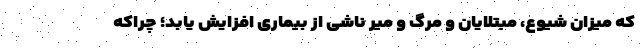
که میزان شیوع، مبتلایان و مرگ و میر ناشی از بیماری افزایش یابد؛ چراکه